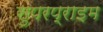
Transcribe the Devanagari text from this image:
सुपरप्राइम